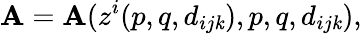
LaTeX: \mathbf{A}=\mathbf{A}(z^{i}(p,q,d_{ij\mathit{k}}),p,q,d_{ij\mathit{k}}),